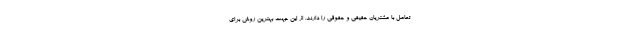
تعامل با مشتریان حقیقی و حقوقی را دارند. از این جهت بهترین روش برای